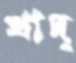
খাদ্